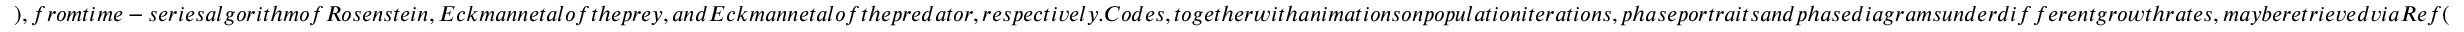
) , f r o m t i m e - s e r i e s a l g o r i t h m o f R o s e n s t e i n , E c k m a n n e t a l o f t h e p r e y , a n d E c k m a n n e t a l o f t h e p r e d a t o r , r e s p e c t i v e l y . C o d e s , t o g e t h e r w i t h a n i m a t i o n s o n p o p u l a t i o n i t e r a t i o n s , p h a s e p o r t r a i t s a n d p h a s e d i a g r a m s u n d e r d i f f e r e n t g r o w t h r a t e s , m a y b e r e t r i e v e d v i a R e f (